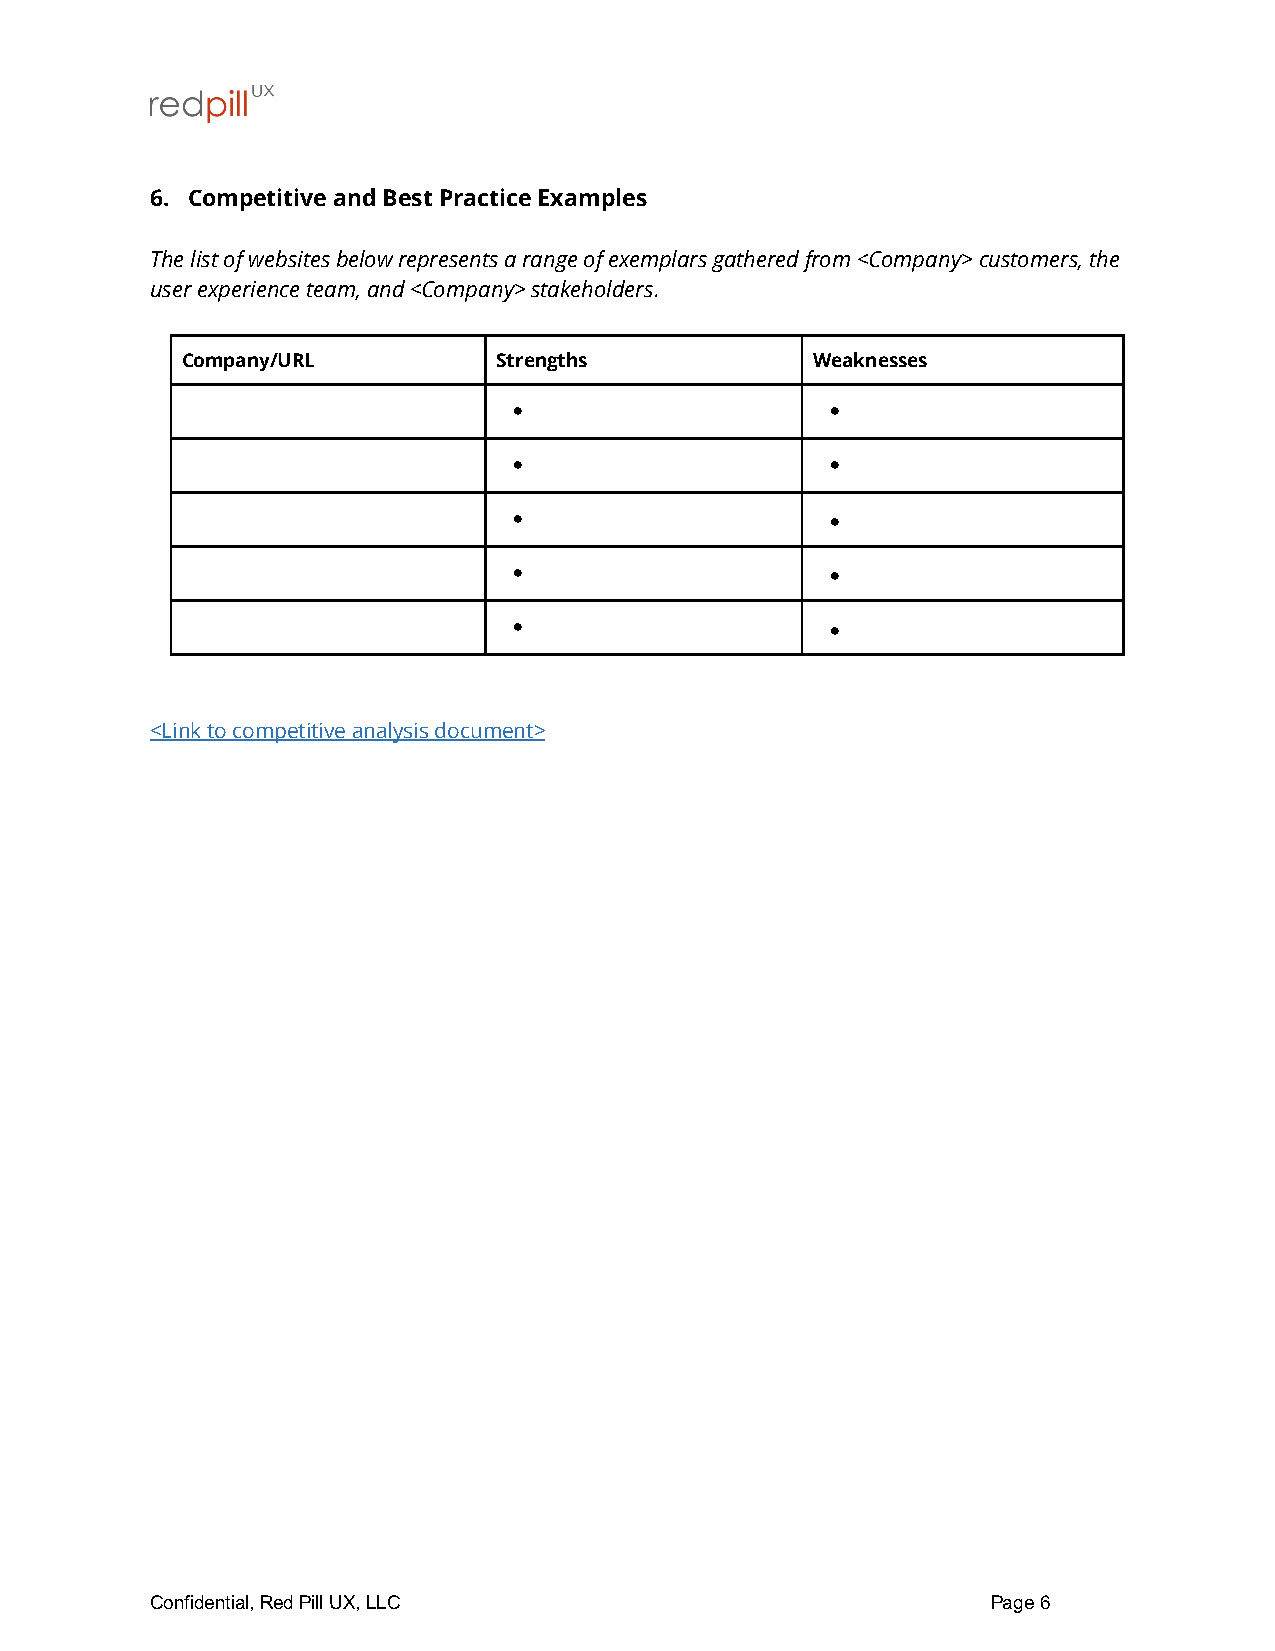
6. Competitive and Best Practice Examples
 The list of websites below represents a range of exemplars gathered from <Company> customers, the
 user experience team, and <Company> stakeholders.
 Company/URL          Strengths            Weaknesses
 •                    •
 •                    •
 •                    •
 •                    •
 •                    •
 <Link to competitive analysis document>
 Confidential, Red Pill UX, LLC                          Page 6